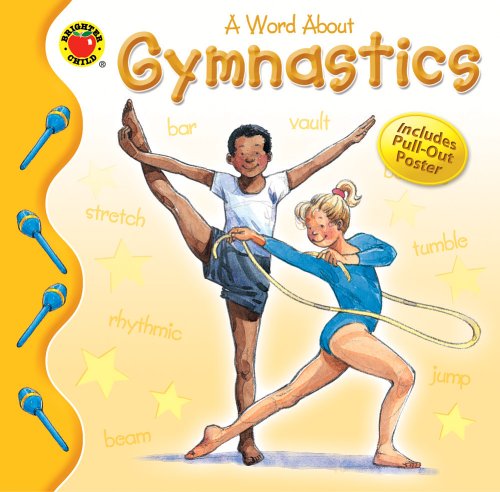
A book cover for A Word About Gymnastics (Brighter Child: Word About...); Lynne Gibbs; Children's Books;